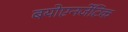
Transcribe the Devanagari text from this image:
बयोएनर्जेटिक